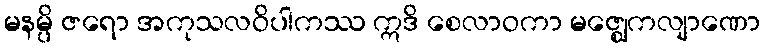
မနမ္ပိ ဇရော အကုသလဝိပါကဿ ဣဒိ စေလာဝကာ မဇ္ဈေကလျာဏော